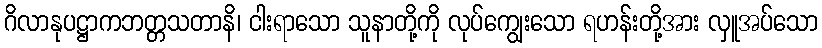
ဂိလာနုပဋ္ဌာကဘတ္တသတာနိ၊ ငါးရာသော သူနာတို့ကို လုပ်ကျွေးသော ရဟန်းတို့အား လှူအပ်သော